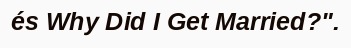
és Why Did I Get Married?".